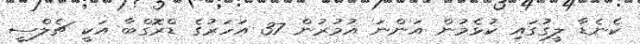
ކެނެޑާ ލީގުގައި ކުޅެމުން އަންނަ އުމުރުން 37 އަހަރުގެ ޑްރޮގްބާ އަކީ ޗެލްސީ